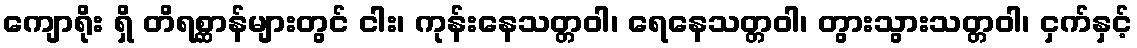
ကျောရိုး ရှိ တိရစ္ဆာန်များတွင် ငါး၊ ကုန်းနေသတ္တဝါ၊ ရေနေသတ္တဝါ၊ တွားသွားသတ္တဝါ၊ ငှက်နှင့်